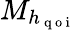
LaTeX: M_{h_{\mathrm{~q~o~i~}}}